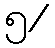
၅/